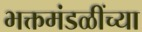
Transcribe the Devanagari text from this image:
भक्तमंडळींच्या